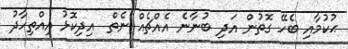
ޙުކުމާއި ބެހޭ ގޮތުން އަދި ބުނާނެ އެއްޗެއް ނެތް  އިދިކޮޅު އިއްތިހާދު